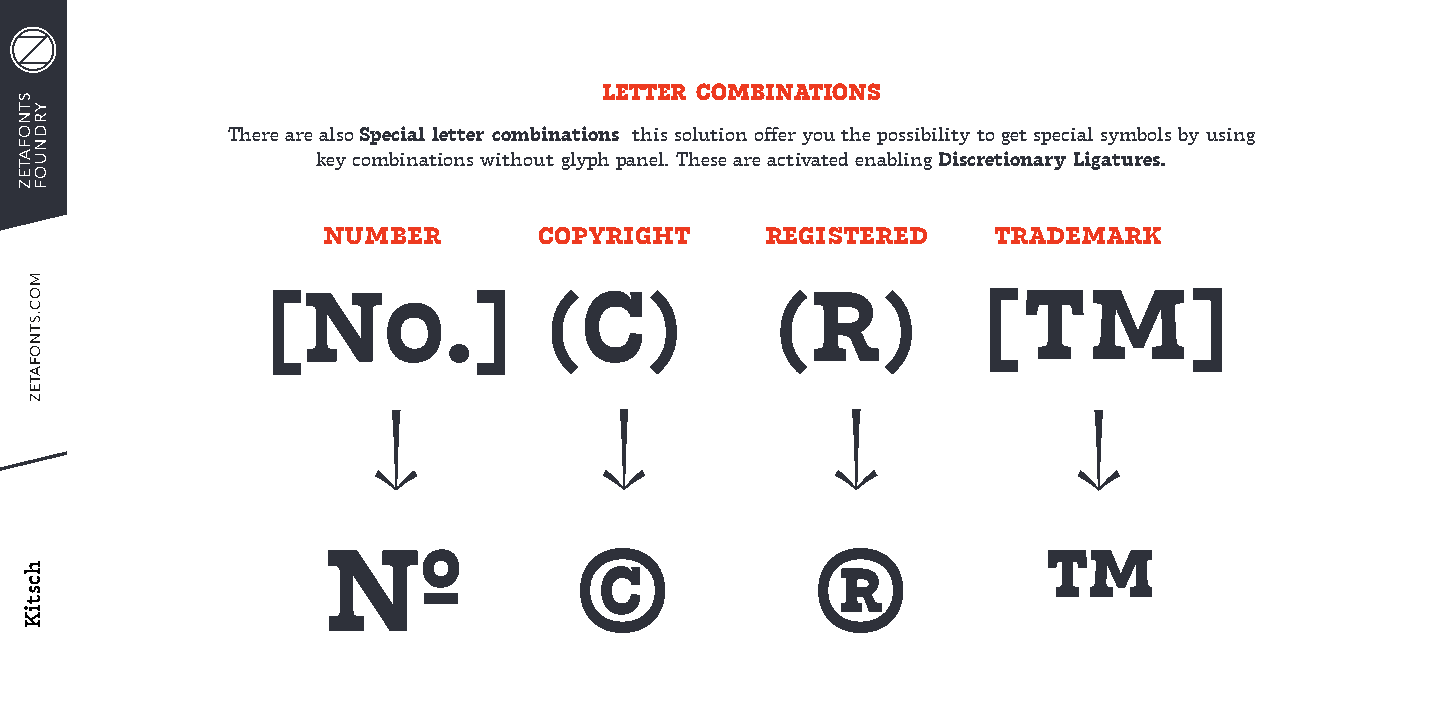
LETTER COMBINATIONS
 There are also Special letter combinations this solution offer you the possibility to get special symbols by using
 key combinations without glyph panel. These are activated enabling Discretionary Ligatures.
 number         copyright      registered     trademark
 [No.]             (C)            (R)           [TM]
 ↓              ↓               ↓               ↓
 №                ©               ®              ™
 STNOFATEZ
 YRDNUOF
 MOC.STNOFATEZ
 hcstiK